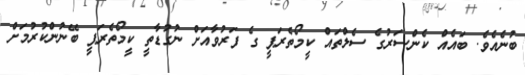
ބުނެއެވެ. ބައެއް ކެންސަރުގެ ސެލްތައް ކީމޯތެރަޕީ ގެ ފަރުވާއަށް ނުގުޑާތީ ކީމޯތެރަޕީ ބޭނުންކުރުމަށް